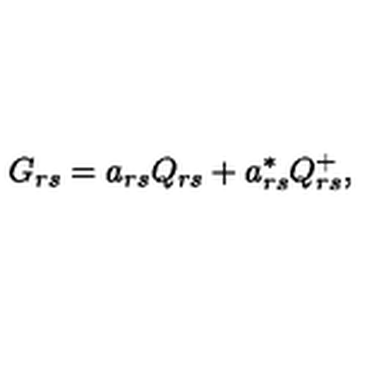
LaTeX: G _ { r s } = a _ { r s } Q _ { r s } + a _ { r s } ^ { \ast } Q _ { r s } ^ { + } ,